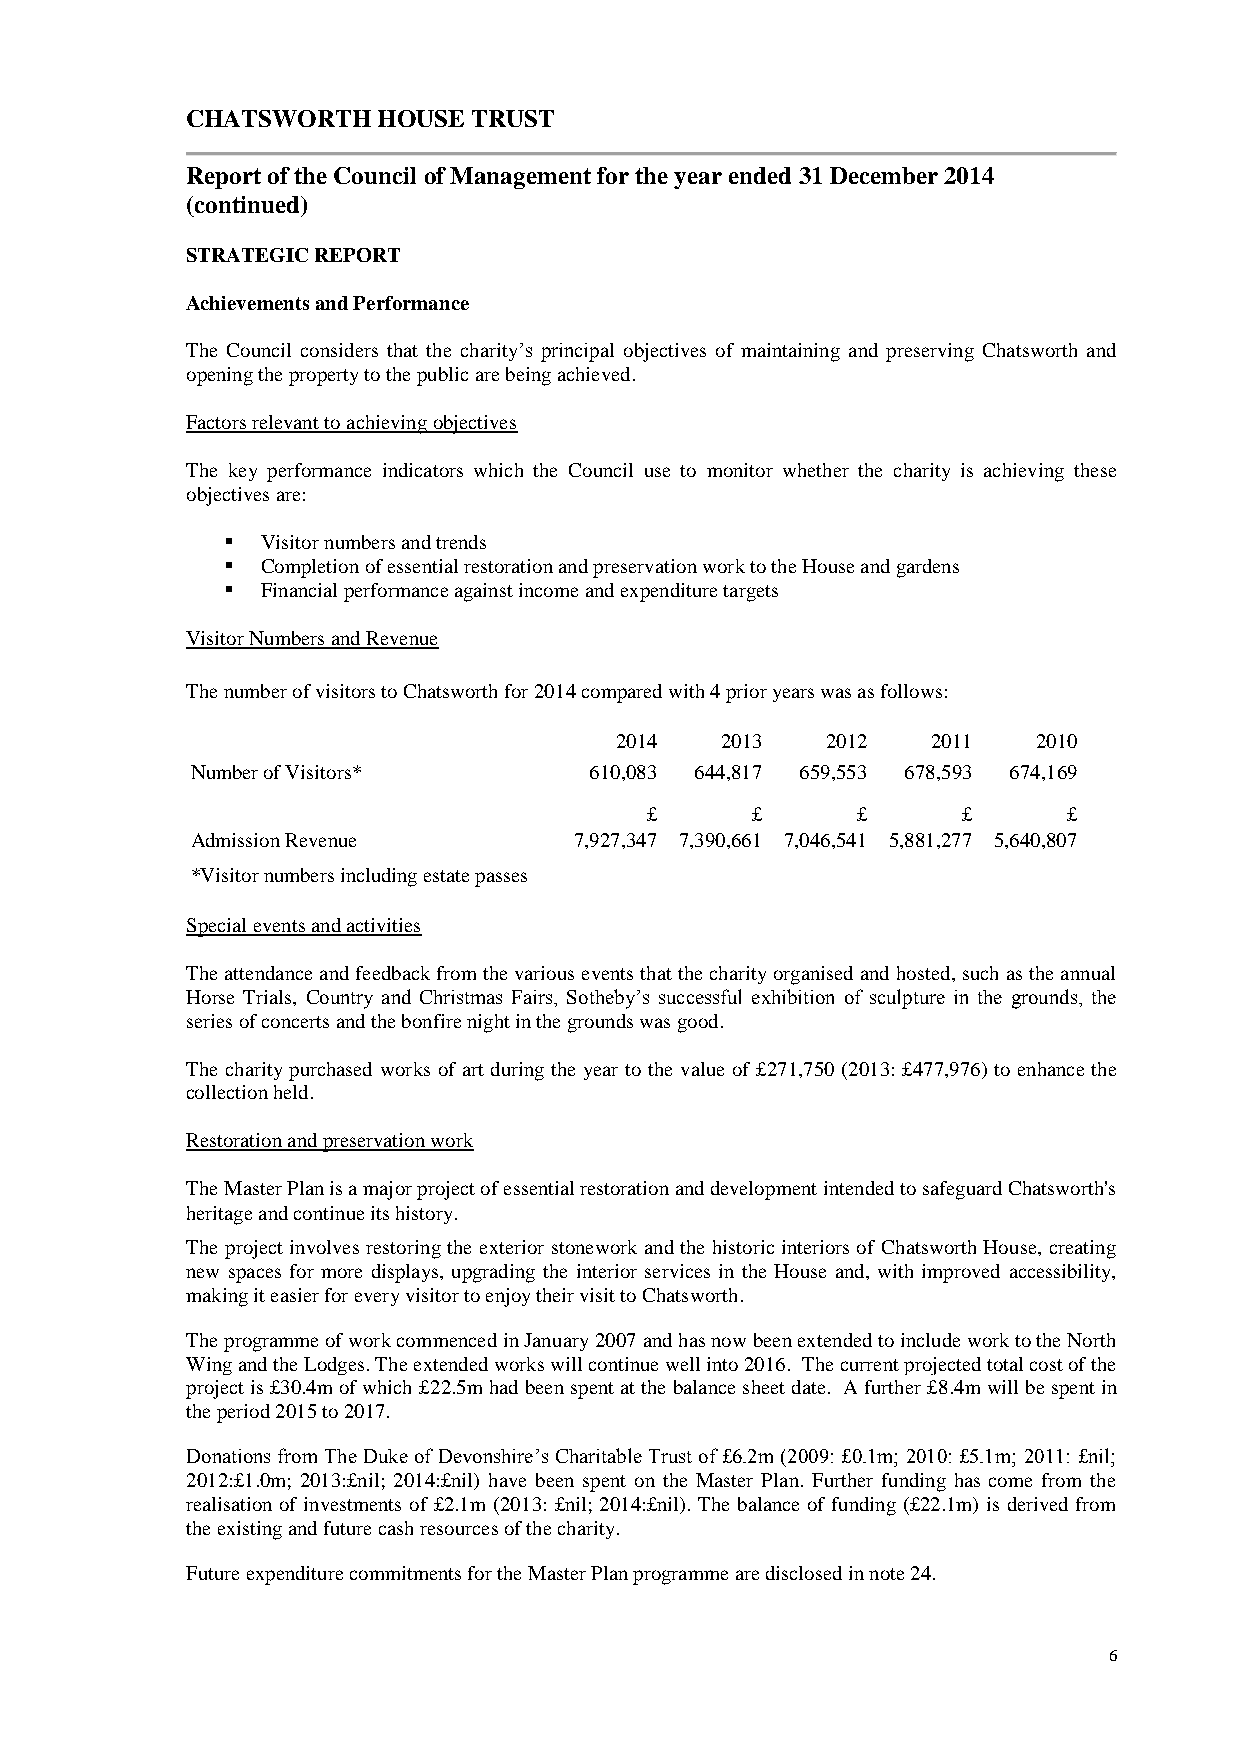
CHATSWORTH   HOUSE TRUST
 Report of the Council of Management for the year ended 31 December 2014
 (continued)
 STRATEGIC REPORT
 Achievements and Performance
 The Council considers that the charity’s principal objectives of maintaining and preserving Chatsworth and
 opening the property to the public are being achieved.
 Factors relevant to achieving objectives
 The key performance indicators which the Council use to monitor whether the charity is achieving these
 objectives are:
  Visitor numbers and trends
  Completion of essential restoration and preservation work to the House and gardens
  Financial performance against income and expenditure targets
 Visitor Numbers and Revenue
 The number of visitors to Chatsworth for 2014 compared with 4 prior years was as follows:
 2014   2013   2012   2011   2010
 Number of Visitors*       610,083 644,817 659,553 678,593 674,169
 £      £      £      £      £
 Admission Revenue        7,927,347 7,390,661 7,046,541 5,881,277 5,640,807
 *Visitor numbers including estate passes
 Special events and activities
 The attendance and feedback from the various events that the charity organised and hosted, such as the annual
 Horse Trials, Country and Christmas Fairs, Sotheby’s successful exhibition of sculpture in the grounds, the
 series of concerts and the bonfire night in the grounds was good.
 The charity purchased works of art during the year to the value of £271,750 (2013: £477,976) to enhance the
 collection held.
 Restoration and preservation work
 The Master Plan is a major project of essential restoration and development intended to safeguard Chatsworth's
 heritage and continue its history.
 The project involves restoring the exterior stonework and the historic interiors of Chatsworth House, creating
 new spaces for more displays, upgrading the interior services in the House and, with improved accessibility,
 making it easier for every visitor to enjoy their visit to Chatsworth.
 The programme of work commenced in January 2007 and has now been extended to include work to the North
 Wing and the Lodges. The extended works will continue well into 2016. The current projected total cost of the
 project is £30.4m of which £22.5m had been spent at the balance sheet date. A further £8.4m will be spent in
 the period 2015 to 2017.
 Donations from The Duke of Devonshire’s Charitable Trust of £6.2m (2009: £0.1m; 2010: £5.1m; 2011: £nil;
 2012:£1.0m; 2013:£nil; 2014:£nil) have been spent on the Master Plan. Further funding has come from the
 realisation of investments of £2.1m (2013: £nil; 2014:£nil). The balance of funding (£22.1m) is derived from
 the existing and future cash resources of the charity.
 Future expenditure commitments for the Master Plan programme are disclosed in note 24.
 6